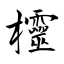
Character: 欞